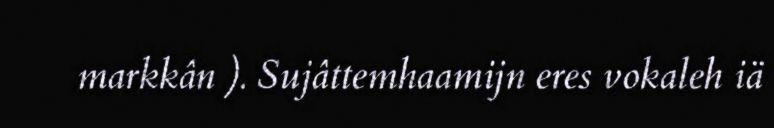
markkân ). Sujâttemhaamijn eres vokaleh iä